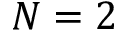
N = 2